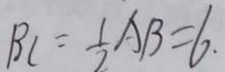
B C = \frac { 1 } { 2 } A B = 6 .